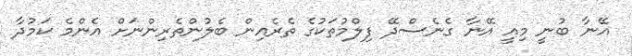
އޭނާ ބުނީ މިއީ އޭނާ ގެނެސްދޭ ފިލްމުތަކުގެ ތެރެއިން ބެލުންތެރިންނަށް އެންމެ ކަމުދާ